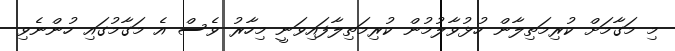
މި މަގާމަށް ކުރިމަތިލާން ހުޅުވާލުމުން ކުރިމަތިލާފައިވަނީ މިހާރު ވެސް އެ މަގާމުގައި ހުންނެވި